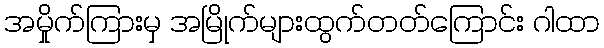
အမှိုက်ကြားမှ အမြိုက်များထွက်တတ်ကြောင်း ဂါထာ